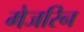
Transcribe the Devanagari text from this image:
मेजरिन